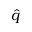
\hat { q }